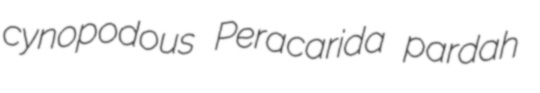
cynopodous Peracarida pardah